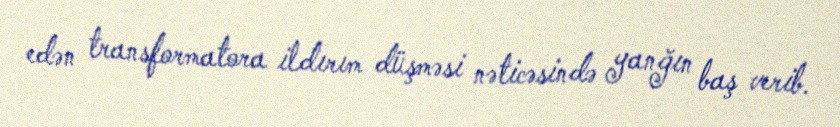
edən transformatora ildırım düşməsi nəticəsində yanğın baş verib.